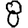
Digit: 8